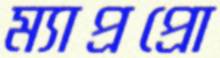
ম্যাপ্রপ্রো